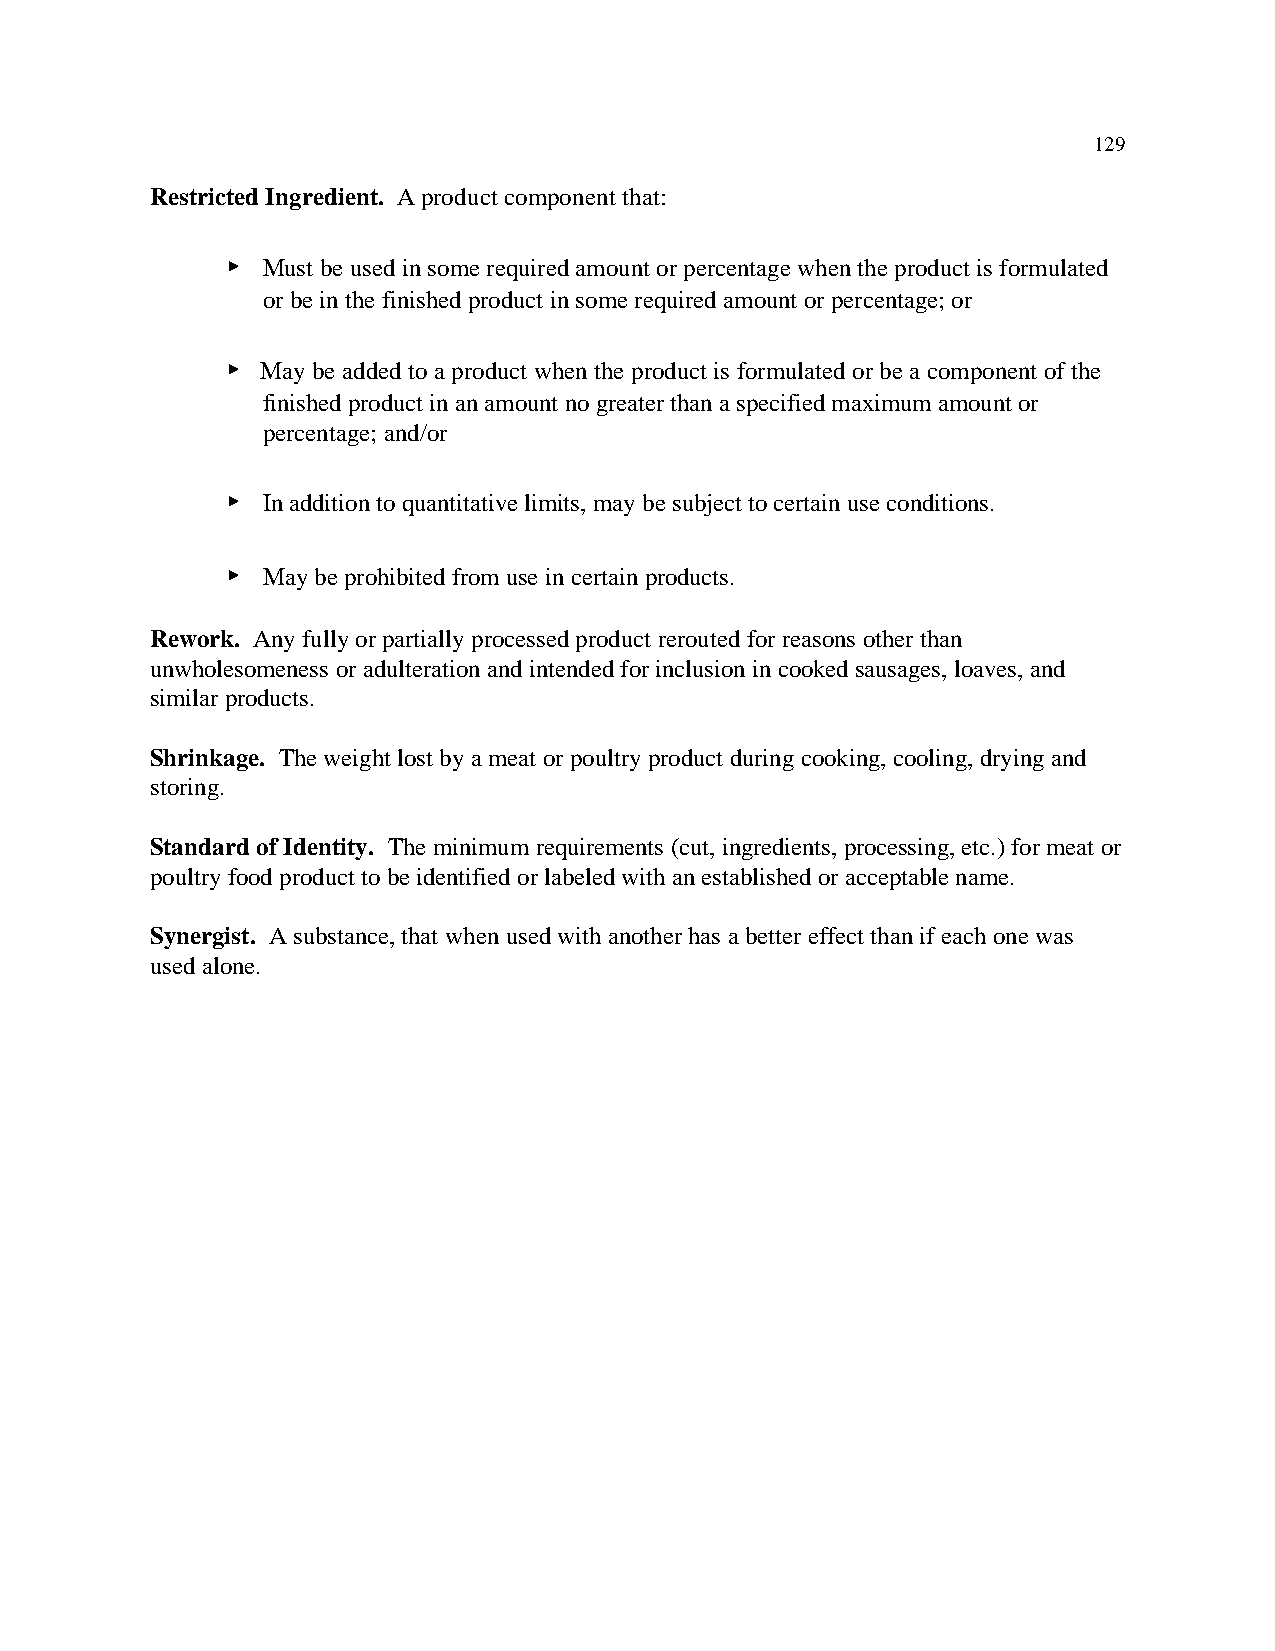
129
 Restricted Ingredient. A product component that:
 < Must be used in some required amount or percentage when the product is formulated
 or be in the finished product in some required amount or percentage; or
 < May be added to a product when the product is formulated or be a component of the
 finished product in an amount no greater than a specified maximum amount or
 percentage; and/or
 < In addition to quantitative limits, may be subject to certain use conditions.
 < May be prohibited from use in certain products.
 Rework. Any fully or partially processed product rerouted for reasons other than
 unwholesomeness or adulteration and intended for inclusion in cooked sausages, loaves, and
 similar products.
 Shrinkage. The weight lost by a meat or poultry product during cooking, cooling, drying and
 storing.
 Standard of Identity. The minimum requirements (cut, ingredients, processing, etc.) for meat or
 poultry food product to be identified or labeled with an established or acceptable name.
 Synergist. A substance, that when used with another has a better effect than if each one was
 used alone.